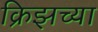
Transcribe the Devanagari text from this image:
क्रिझच्या